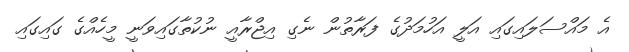
އެ މައްސަލައިގައި އަލީ އަހުމަދުގެ ފަރާތުން ނެގި އިޖްރާއީ ނުކުތާގައިވަނީ މީހެއްގެ ގައިގައި